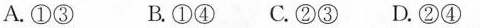
A.①③ B.①④ C.②③ D.②④